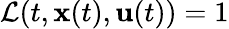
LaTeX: \begin{array}{r}{\mathcal{L}(t,\mathbf{x}(t),\mathbf{u}(t))={1}}\end{array}